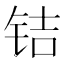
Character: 𰽲